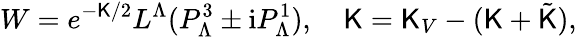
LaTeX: W=e^{-{\cal\mathsf{K}}/2}L^{\Lambda}(P_{\Lambda}^{3}\pm\mathrm{{i}}P_{\Lambda}^{1}),\quad{\cal\mathsf{K}}=\mathsf{K}_{V}-(\mathsf{K}+\tilde{{\mathsf{K}}}),